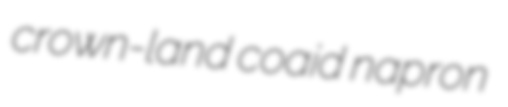
crown-land coaid napron